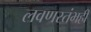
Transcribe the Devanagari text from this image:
लवणस्तंभही